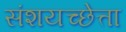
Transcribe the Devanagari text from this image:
संशयच्छेत्ता